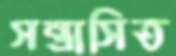
সন্ত্রাসিত